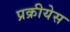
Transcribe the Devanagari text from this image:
प्रक्रीयेस